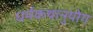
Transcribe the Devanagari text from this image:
धर्मकथानुयोग